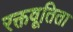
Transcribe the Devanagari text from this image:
रक्तवूतिता